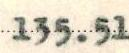
135.51